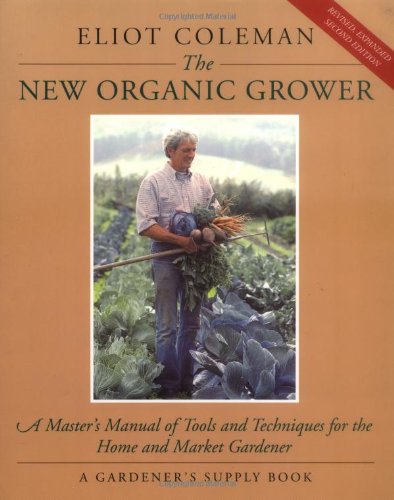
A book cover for The New Organic Grower: A Master's Manual of Tools and Techniques for the Home and Market Gardener, 2nd Edition (A Gardener's Supply Book); Eliot Coleman; Crafts, Hobbies & Home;